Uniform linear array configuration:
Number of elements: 32
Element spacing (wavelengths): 0.25
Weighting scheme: cosine
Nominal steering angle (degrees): -15
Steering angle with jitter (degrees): -15.046
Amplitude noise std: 0.05
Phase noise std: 0.05

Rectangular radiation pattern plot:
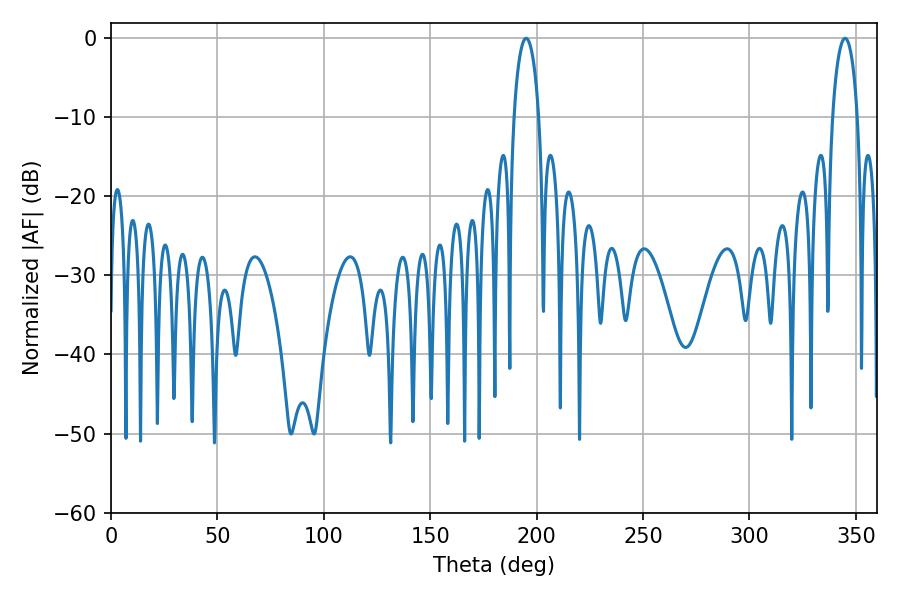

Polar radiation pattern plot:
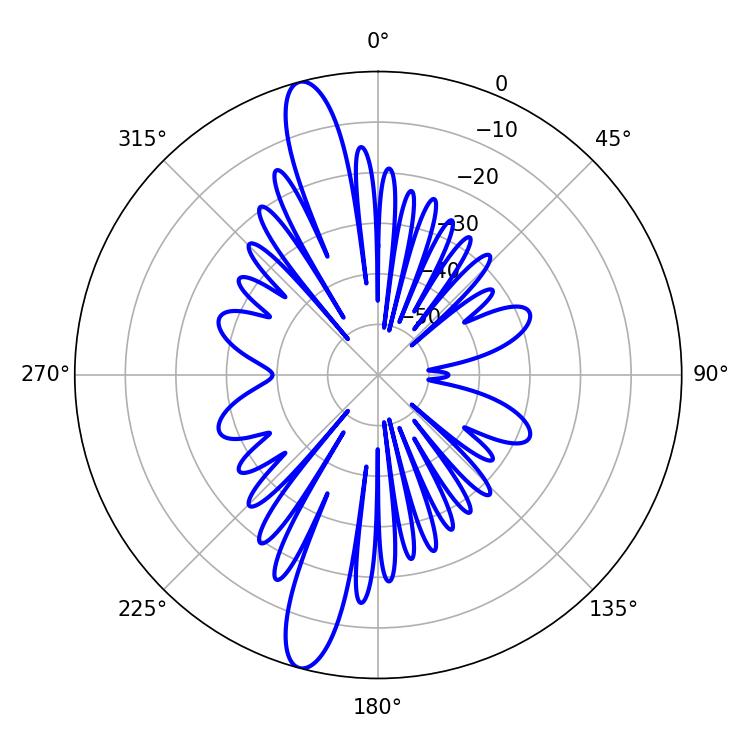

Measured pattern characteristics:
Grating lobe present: FALSE
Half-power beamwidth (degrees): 6.66
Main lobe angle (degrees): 195.12